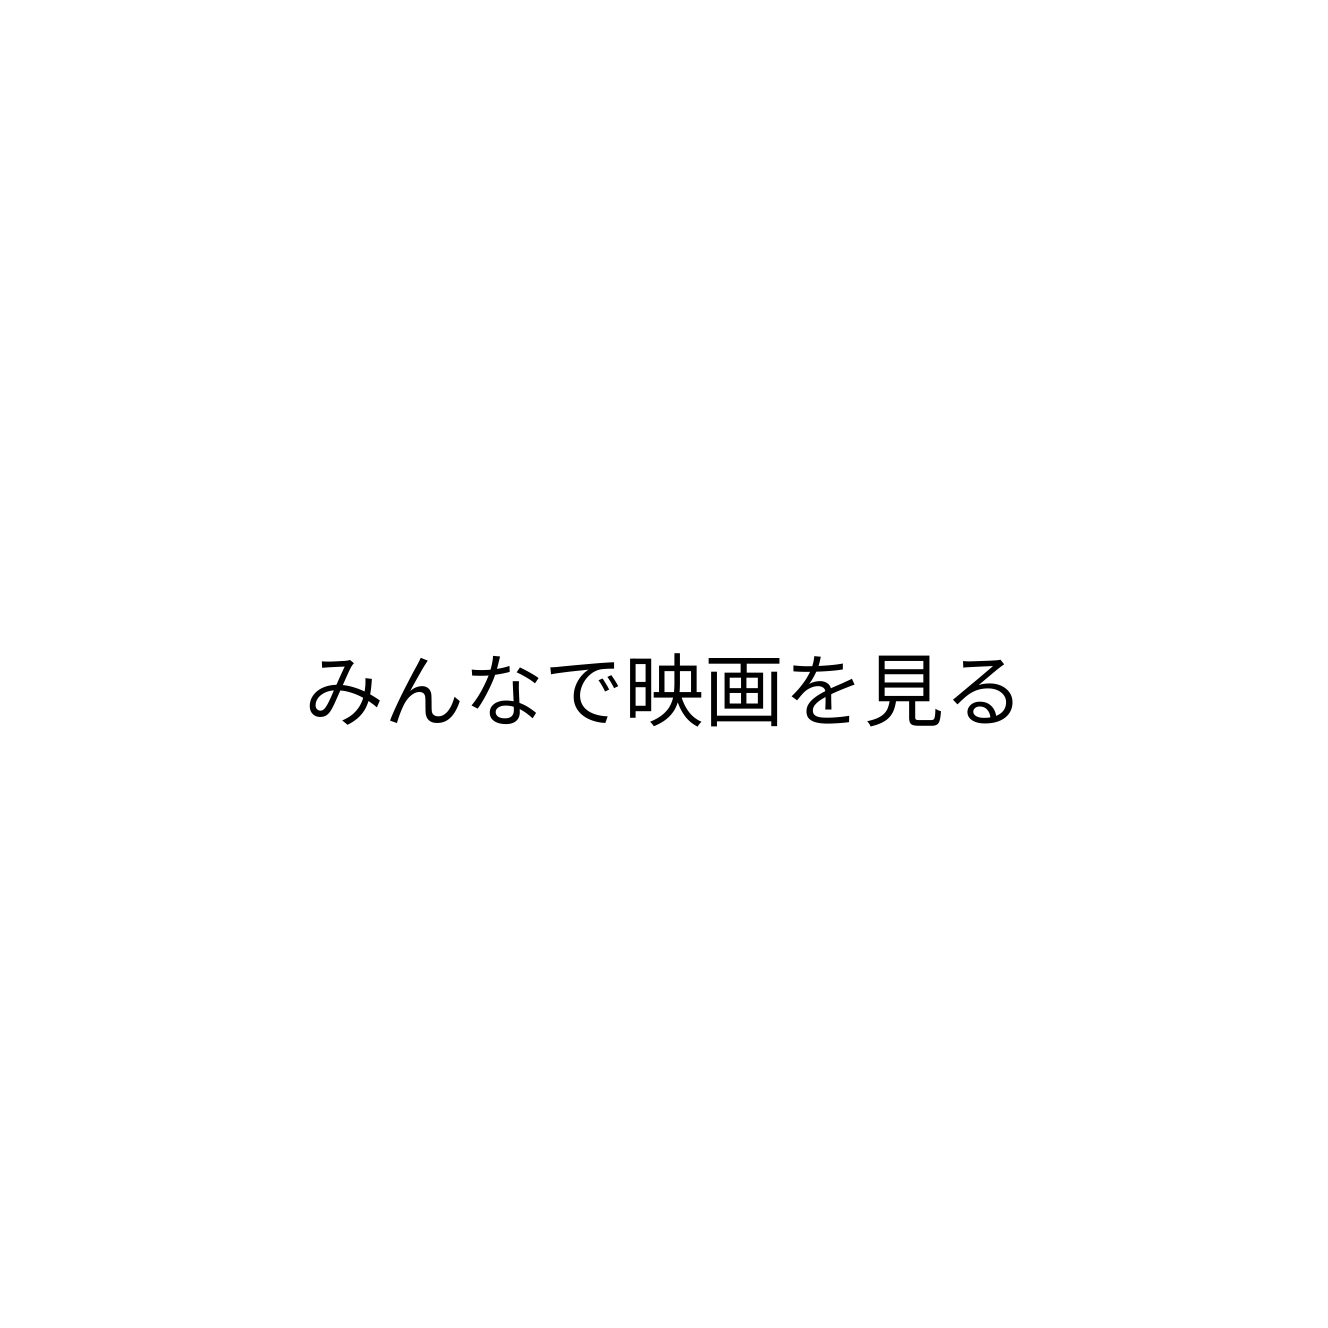
みんなで映画を見る